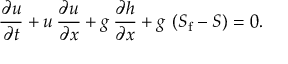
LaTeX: { \frac { \partial u } { \partial t } } + u \, { \frac { \partial u } { \partial x } } + g \, { \frac { \partial h } { \partial x } } + g \, \left( S _ { \mathrm { f } } - S \right) = 0 .